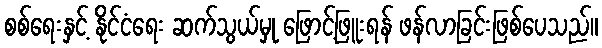
စစ်ရေးနှင့် နိုင်ငံရေး ဆက်သွယ်မှု ဖြောင့်ဖြူးရန် ဖန်လာခြင်းဖြစ်ပေသည်။